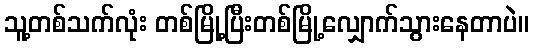
သူ့တစ်သက်လုံး တစ်မြို့ပြီးတစ်မြို့လျှောက်သွားနေတာပဲ။